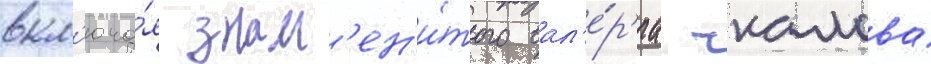
вкл'юча́я знам'ен'и́того вал'е́р'иа чкалова